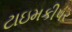
ટાઇમકીપર